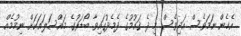
އެހެން ނަމަވެސް އަދިވެސް މި ދެ ޤައުމުގެ ދެމެދުގައިވާ ބޯޑަރުގެ މައްސަލައަކަށް ނިމުމެއް